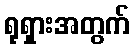
ရုရှားအတွက်